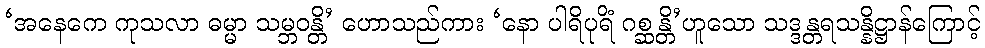
‘အနေကေ ကုသလာ ဓမ္မာ သမ္ဘဝန္တိ’ ဟောသည်ကား ‘နော ပါရိပုရိံ ဂစ္ဆန္တိ’ဟူသော သဒ္ဒန္တရသန္နိဋ္ဌာန်ကြောင့်